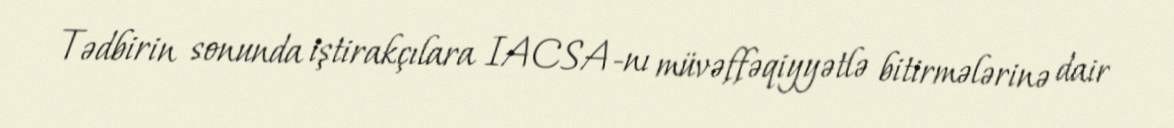
Tədbirin sonunda iştirakçılara IACSA-nı müvəffəqiyyətlə bitirmələrinə dair